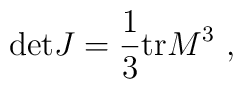
\textrm{det}J=\frac{1}{3}\textrm{tr}M^{3} \ ,